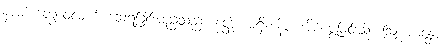
နာမ၊ တွေဝေလျက် သေရခြင်းမည်သည်။ နတ္ထိ၊ မရှိ။ နိဒ္ဒံ၊ အိပ်မွေ့ခြင်းသို့။ ဩက္ကမန္တော